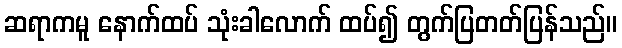
ဆရာကမူ နောက်ထပ် သုံးခါလောက် ထပ်၍ တွက်ပြတတ်ပြန်သည်။